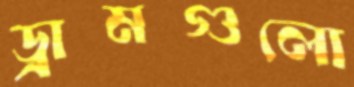
ড্রামগুলো